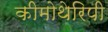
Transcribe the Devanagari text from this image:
कीमोथेरिपी